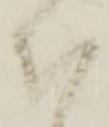
ひ